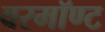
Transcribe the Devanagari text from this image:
वरमॉण्ट